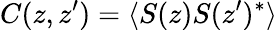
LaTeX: C(z,z^{\prime})=\langle S(z)S(z^{\prime})^{\ast}\rangle